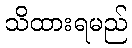
သိထားရမည်